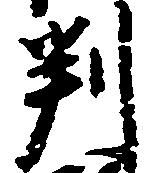
判